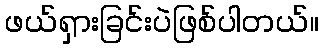
ဖယ်ရှားခြင်းပဲဖြစ်ပါတယ်။